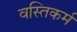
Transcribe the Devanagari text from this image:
वस्तिकर्म